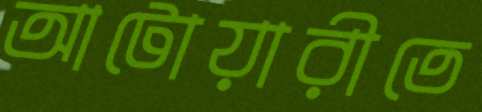
আটোয়ারীতে